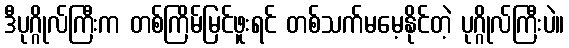
ဒီပုဂ္ဂိုလ်ကြီးက တစ်ကြိမ်မြင်ဖူးရင် တစ်သက်မမေ့နိုင်တဲ့ ပုဂ္ဂိုလ်ကြီးပဲ။